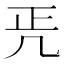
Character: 𠙁